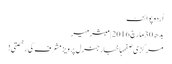
اُردو پوائنٹ
بدھ 30 مارچ 2016 | مبشر میر
مرکزی صفحہاخبارجنرل پرویز مشرف کی رخصتی!